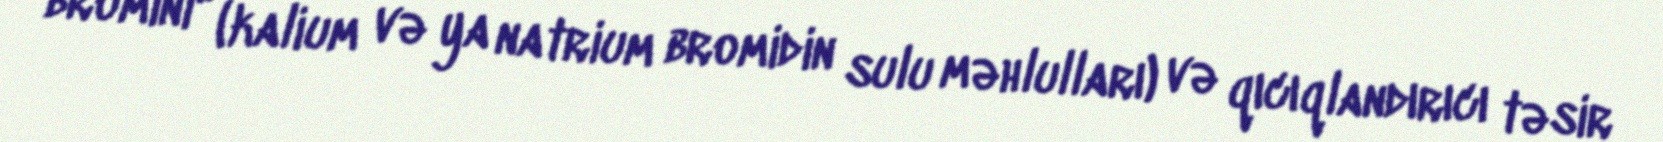
bromini" (kalium və ya natrium bromidin sulu məhlulları) və qıcıqlandırıcı təsir